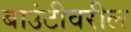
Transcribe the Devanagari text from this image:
बाउंटीवरील